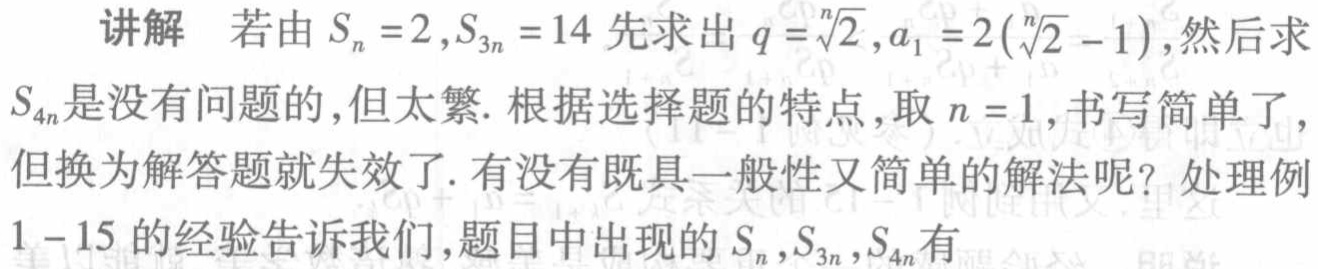
讲解 若由\(S_{n}=2,S_{3n}=14\)先求出\(q = \sqrt[n]{2},a_{1}=2(\sqrt[n]{2}-1)\),然后求\(S_{4n}\)是没有问题的,但太繁. 根据选择题的特点,取\(n = 1\),书写简单了,但换为解答题就失效了. 有没有既具一般性又简单的解法呢? 处理例\(1 - 15\)的经验告诉我们,题目中出现的\(S_{n},S_{3n},S_{4n}\)有